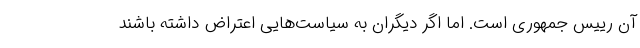
آن رییس جمهوری است. اما اگر دیگران به سیاست‌هایی اعتراض داشته باشند